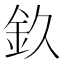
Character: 𨥆